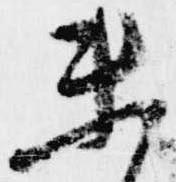
未